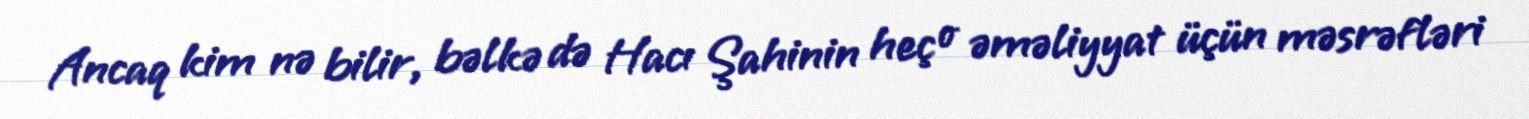
Ancaq kim nə bilir, bəlkə də Hacı Şahinin heç o əməliyyat üçün məsrəfləri